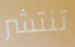
تنتشر